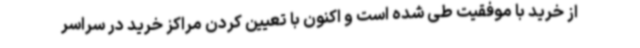
از خرید با موفقیت طی شده است و اکنون با تعیین کردن مراکز خرید در سراسر